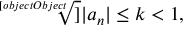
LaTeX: { \sqrt [ [object Object] ] { | a _ { n } | } } \leq k < 1 ,